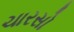
ચારસો